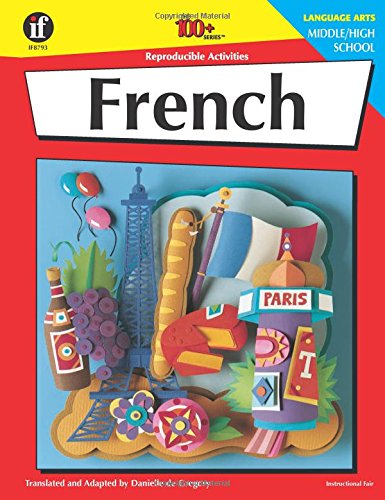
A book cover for French, Grades 6 - 12: Middle / High School (The 100+ Series(TM)); Danielle Degregory; Children's Books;